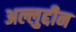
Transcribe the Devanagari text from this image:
अल्लुद्दीन